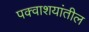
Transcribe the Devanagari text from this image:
पक्वाशयांतील